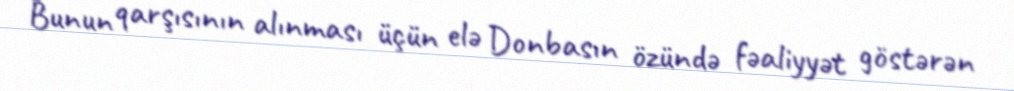
Bunun qarşısının alınması üçün elə Donbasın özündə fəaliyyət göstərən